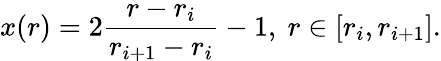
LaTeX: x(r)=2\frac{r-r_{i}}{r_{i+1}-r_{i}}-1,\ r\in[r_{i},r_{i+1}].